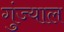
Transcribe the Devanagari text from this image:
गुंज्याल